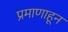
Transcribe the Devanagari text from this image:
प्रमाणाहून